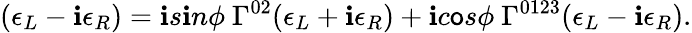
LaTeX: (\epsilon_{L}-\mathbf{i}\epsilon_{R})=\mathbf{i}s\mathbf{i}n\phi~\Gamma^{02}(\epsilon_{L}+\mathbf{i}\epsilon_{R})+\mathbf{i}c\mathsf{o}s\phi~\Gamma^{0123}(\epsilon_{L}-\mathbf{i}\epsilon_{R}).